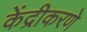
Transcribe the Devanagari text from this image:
केंद्रीकरणे